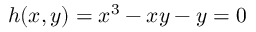
h ( x , y ) = x ^ { 3 } - x y - y = 0